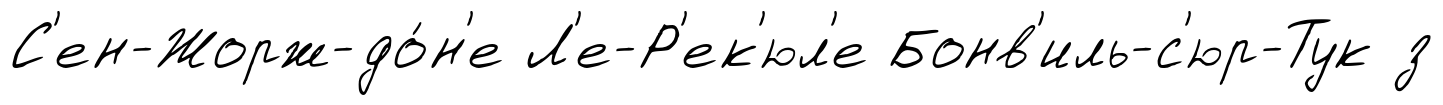
С'ен-Жорж-до́н'е Л'е-Р'ек'юл'е Бонв'иль-с'юр-Тук з